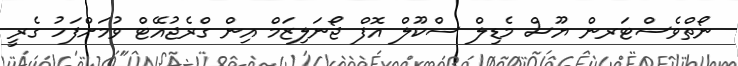
ނޯތްވެސްޓަރން ޔޫސް މެޑިލް ސްކޫލް އޮފް ޖޯނަލިޒަމް އިން ގްރެޖުއޭޓް ވުމަށްފަހު ގެރީ